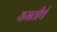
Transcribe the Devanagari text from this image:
यमतीर्थ